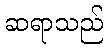
ဆရာသည်